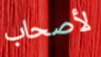
لأصحاب